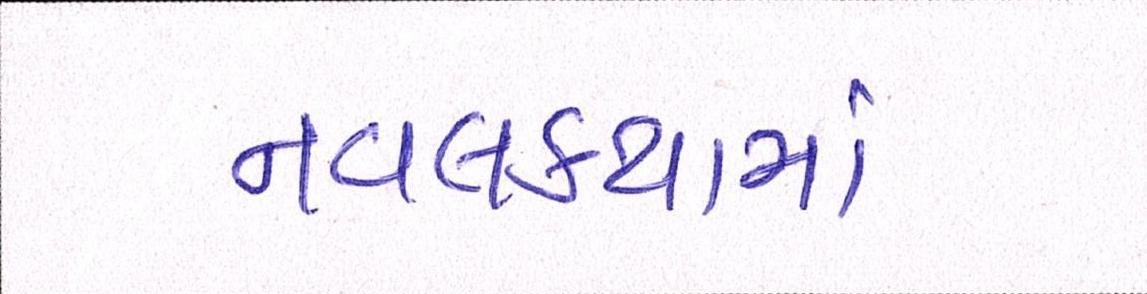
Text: નવલકથામાં